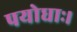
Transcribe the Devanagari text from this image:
पयोधाः।